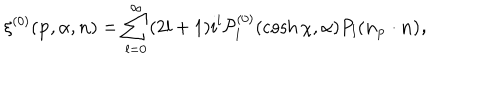
\xi ^ { ( 0 ) } ( { \bf p } , \alpha , { \bf n } ) = \sum _ { l = 0 } ^ { \infty } ( 2 l + 1 ) i ^ { l } { \cal { P } } _ { l } ^ { ( 0 ) } ( \cosh \chi , \alpha ) P _ { l } ( \bf n _ { \bf p } \cdot \bf n ) ,